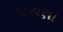
જોટાણા